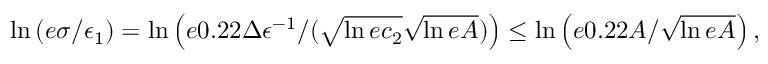
\begin{array} { r } { \ln \left( e \sigma / \epsilon _ { 1 } \right) = \ln \left( e 0 . 2 2 \Delta \epsilon ^ { - 1 } / ( \sqrt { \ln { e c _ { 2 } } } \sqrt { \ln { e A } } ) \right) \le \ln \left( e 0 . 2 2 A / \sqrt { \ln { e A } } \right) , } \end{array}